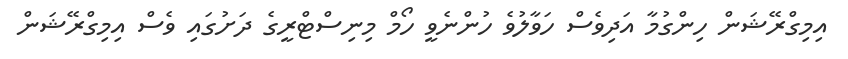
އިމިގްރޭޝަން ހިންގުމާ އަދިވެސް ހަވާލުވެ ހުންނެވީ ހޯމް މިނިސްޓްރީގެ ދަށުގައި ވެސް އިމިގްރޭޝަން